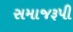
સમાજરૂપી